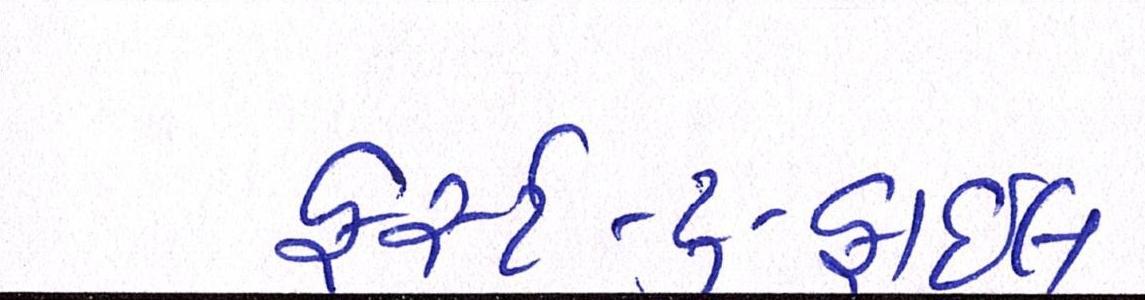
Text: ફર્સ્ટ-ટુ-ફાઇલ